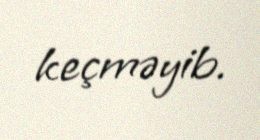
keçməyib.